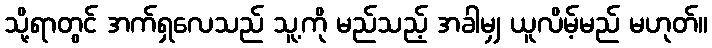
သို့ရာတွင် အက်ရှလေသည် သူ့ကို မည်သည့် အခါမျှ ယူလိမ့်မည် မဟုတ်။